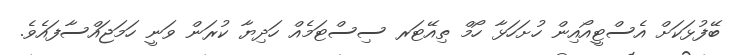
ބޭފުޅަކަށް އެސްޓީއޯއިން ހުށަހަޅާ ހޯމް ތިއޭޓަރ ސިސްޓަމެއް ހަދިޔާ ކުރަން ވަނީ ހަމަޖައްސާފައެވެ.